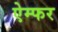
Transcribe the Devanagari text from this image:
ऐम्फर